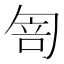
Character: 𠣭